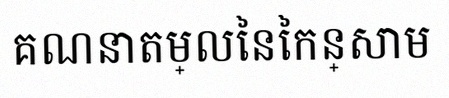
គណនាតម្លៃនៃកន្សោម